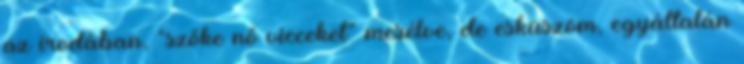
az irodában, “szőke nő vicceket” mesélve, de esküszöm, egyáltalán